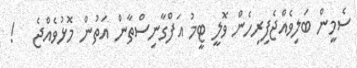
ސެމީން ބަލިވެއްޖެފިރިހެން ވޮލީ ޓީމު އަފްގާނިސްތާން އަތުން މޮޅުވެއްޖެ   !